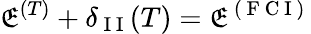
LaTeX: \mathfrak{E}^{(T)}+\delta_{\mathrm{{~I~I~}}}(T)=\mathfrak{E}^{\mathrm{{~(~F~C~I~)~}}}